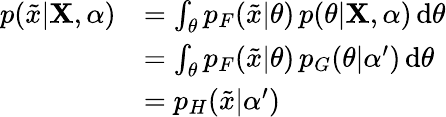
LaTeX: {\begin{array}{rl}{p({\tilde{x}}|\mathbf{X},\alpha)}&{=\int_{\theta}p_{F}({\tilde{x}}|\theta)\, p(\theta|\mathbf{X},\alpha)\operatorname{d}\! \theta}\\ &{=\int_{\theta}p_{F}({\tilde{x}}|\theta)\, p_{G}(\theta|\alpha^{\prime})\operatorname{d}\! \theta}\\ &{=p_{H}({\tilde{x}}|\alpha^{\prime})}\end{array}}